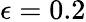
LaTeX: \epsilon=0.2